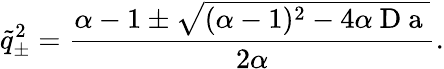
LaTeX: \tilde{q}_{\pm}^{2}=\frac{\alpha-1\pm\sqrt{(\alpha-1)^{2}-4\alpha\mathrm{~D~a~}}}{2\alpha}.